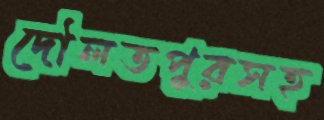
দৌলতপুরসহ